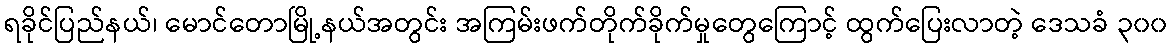
ရခိုင်ပြည်နယ်၊ မောင်တောမြို့နယ်အတွင်း အကြမ်းဖက်တိုက်ခိုက်မှုတွေကြောင့် ထွက်ပြေးလာတဲ့ ဒေသခံ ၃၀၀